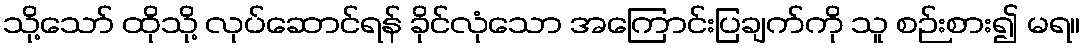
သို့သော် ထိုသို့ လုပ်ဆောင်ရန် ခိုင်လုံသော အကြောင်းပြချက်ကို သူ စဉ်းစား၍ မရ။